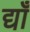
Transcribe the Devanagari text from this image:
द्याँ